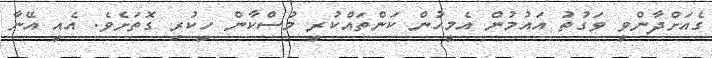
ގެއަށްދާންވީ ވަގުތު އައުމުން އެމީހުން ކަންތައްކުރީ މުސްކާން ހީކުރި ގޮތަށެވެ. އެއީ އޭނާ